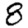
Digit: 8